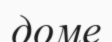
доме